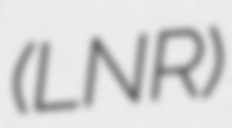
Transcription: (LNR)